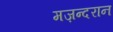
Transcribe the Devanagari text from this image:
मज़न्दरान